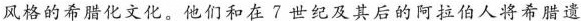
风格的希腊化文化。他们和在?世纪及其后的阿拉伯人将希腊遗